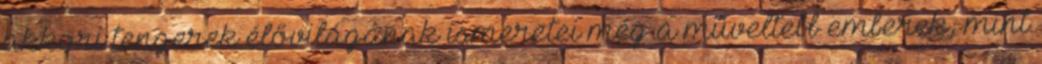
akkori tengerek élővilágának ismeretei még a műveltebb emberek, mint